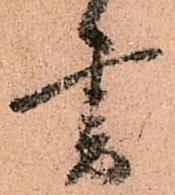
書